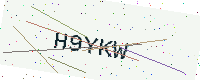
Text: H9YKW